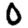
Digit: 0